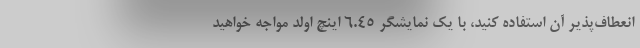
انعطاف‌پذیر آن استفاده کنید، با یک نمایشگر 6.45 اینچ اولد مواجه خواهید